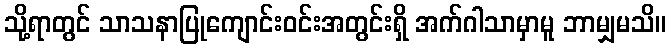
သို့ရာတွင် သာသနာပြုကျောင်းဝင်းအတွင်းရှိ အက်ဂါသာမှာမူ ဘာမျှမသိ။